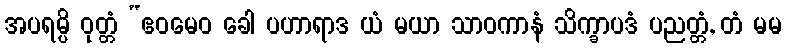
အပရမ္ပိ ဝုတ္တံ “ဧဝမေဝ ခေါ ပဟာရာဒ ယံ မယာ သာဝကာနံ သိက္ခာပဒံ ပညတ္တံ, တံ မမ